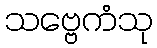
သဗ္ဗေကံသု